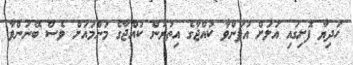
ހަދިޔާ ފޮށިގައި އަލަށް އުފަންވާ ކުއްޖާގެ އިތުރުން ކުއްޖާގެ މަންމައަށް ވެސް ބޭނުންވާ